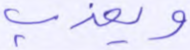
ويعذب